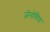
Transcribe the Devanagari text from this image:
जेनोविया